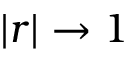
| r | \rightarrow 1